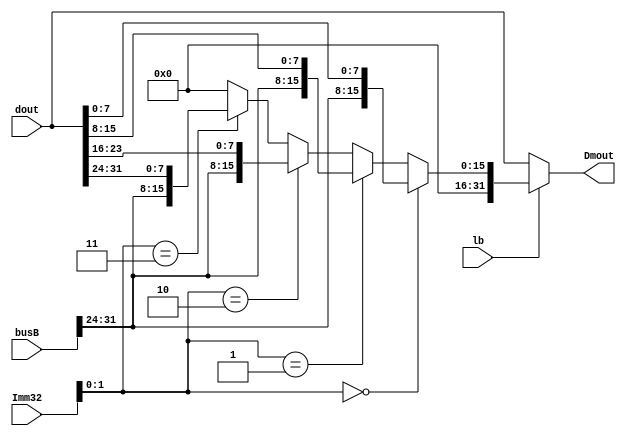
module LbUnit(lb,busB,Imm32,dout,Dmout);
  input lb;
  input [31:0] Imm32;
  input [31:0] busB;
  input [31:0] dout;
  output [31:0] Dmout;
  wire [31:0] result;
  
  wire [31:0] tmp1,tmp2,tmp3,tmp4;
  wire [1:0] judge;
  assign tmp1 = {busB[31:24],dout[7:0]};
  assign tmp2 = {busB[31:24],dout[15:8]};
  assign tmp3 = {busB[31:24],dout[23:16]};
  assign tmp4 = {busB[31:24],dout[31:24]};
  assign judge = Imm32[1:0];
  
  assign result =(judge == 2'b00)? tmp1:
                 (judge == 2'b01)? tmp2:
                 (judge == 2'b10)? tmp3:
                 (judge == 2'b11)? tmp4:0;
  assign Dmout = (lb)?result:dout;
endmodule